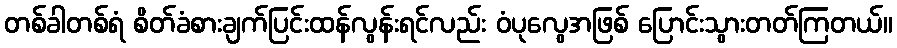
တစ်ခါတစ်ရံ စိတ်ခံစားချက်ပြင်းထန်လွန်းရင်လည်း ဝံပုလွေအဖြစ် ပြောင်းသွားတတ်ကြတယ်။